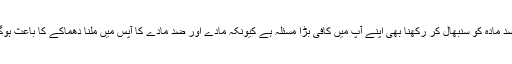
ضد مادّہ کو سنبھال کر رکھنا بھی اپنے آپ میں کافی بڑا مسئلہ ہے کیونکہ مادّے اور ضد مادّے کا آپس میں ملنا دھماکے کا باعث ہوگا۔